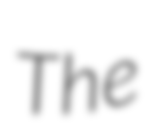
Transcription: The